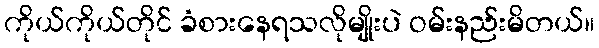
ကိုယ်ကိုယ်တိုင် ခံစားနေရသလိုမျိုးပဲ ဝမ်းနည်းမိတယ်။